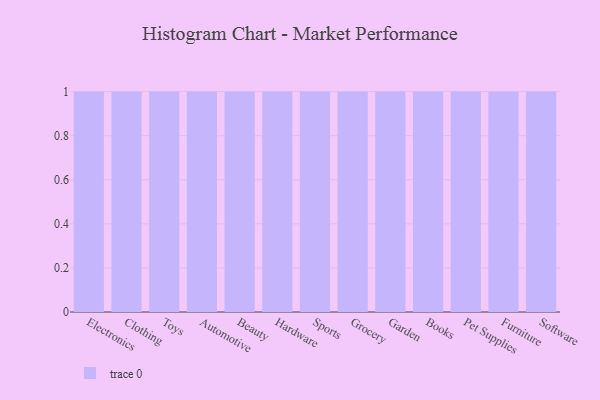
{"axis": {"x": "Category", "y": "Production Output"}, "legend": [""], "data": [{"x": "Electronics", "y": 37, "type": ""}, {"x": "Clothing", "y": 86, "type": ""}, {"x": "Toys", "y": 30, "type": ""}, {"x": "Automotive", "y": 78, "type": ""}, {"x": "Beauty", "y": 52, "type": ""}, {"x": "Hardware", "y": 98, "type": ""}, {"x": "Sports", "y": 13, "type": ""}, {"x": "Grocery", "y": 60, "type": ""}, {"x": "Garden", "y": 12, "type": ""}, {"x": "Books", "y": 14, "type": ""}, {"x": "Pet Supplies", "y": 2, "type": ""}, {"x": "Furniture", "y": 55, "type": ""}, {"x": "Software", "y": 80, "type": ""}]}